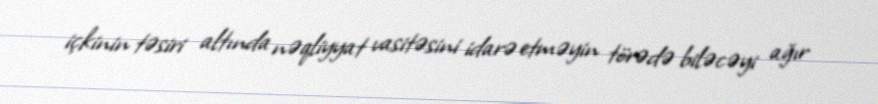
içkinin təsiri altında nəqliyyat vasitəsini idarə etməyin törədə biləcəyi ağır